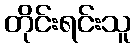
တိုင်းရင်းသူ